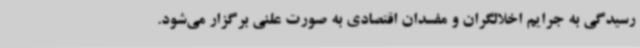
رسیدگی به جرایم اخلالگران و مفسدان اقتصادی به صورت علنی برگزار می‌شود.